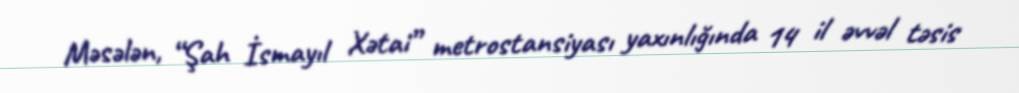
Məsələn, “Şah İsmayıl Xətai” metrostansiyası yaxınlığında 14 il əvvəl təsis